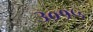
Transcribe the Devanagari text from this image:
३०१५